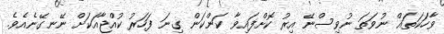
ވާހަކަތައް ނުވަތަ ނުވިސްނޭ އިރު ކޮށްފައިވާ ކަންކަން ގިިނަ ފަހަރު ކުއްޖާއަކަށް ނޭނގޭނެއެވެ.